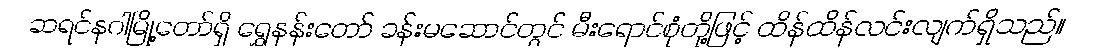
ဆရင်နဂါမြို့တော်ရှိ ရွှေနန်းတော် ခန်းမဆောင်တွင် မီးရောင်စုံတို့ဖြင့် ထိန်ထိန်လင်းလျက်ရှိသည်။